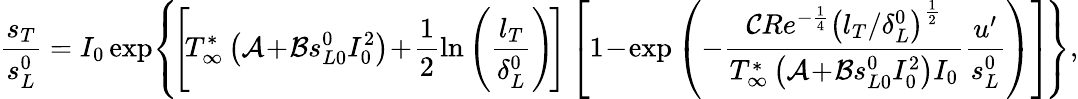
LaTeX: \frac{s_{T}}{s_{L}^{0}}=I_{0}\exp\! \left\{ \! \left[\! T_{\infty}^{*}\left(\mathcal{A}\! +\! \mathcal{B}s_{L0}^{0}I_{0}^{2}\right)\! +\! \frac{1}{2}\ln\left(\frac{l_{T}}{\delta_{L}^{0}}\right)\! \right]\left[1\! -\! \exp\left(-\frac{\mathcal{C}Re^{-\frac{1}{4}}\left(l_{T}/\delta_{L}^{0}\right)^{\frac{1}{2}}}{T_{\infty}^{*}\left(\mathcal{A}\! +\! \mathcal{B}s_{L0}^{0}I_{0}^{2}\right)I_{0}}\frac{u^{\prime}}{s_{L}^{0}}\right)\right]\! \right\} ,